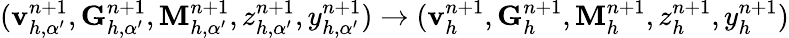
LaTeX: (\mathbf{v}_{h,\alpha^{\prime}}^{n+1},\mathbf{G}_{h,\alpha^{\prime}}^{n+1},\mathbf{M}_{h,\alpha^{\prime}}^{n+1},z_{h,\alpha^{\prime}}^{n+1},y_{h,\alpha^{\prime}}^{n+1})\to(\mathbf{v}_{h}^{n+1},\mathbf{G}_{h}^{n+1},\mathbf{M}_{h}^{n+1},z_{h}^{n+1},y_{h}^{n+1})